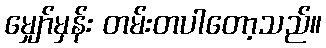
မျှော်မှန်း တမ်းတပါတော့သည်။